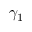
\gamma _ { 1 }